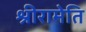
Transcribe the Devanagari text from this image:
श्रीरामेति